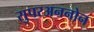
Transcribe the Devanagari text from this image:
सुपरअननोन